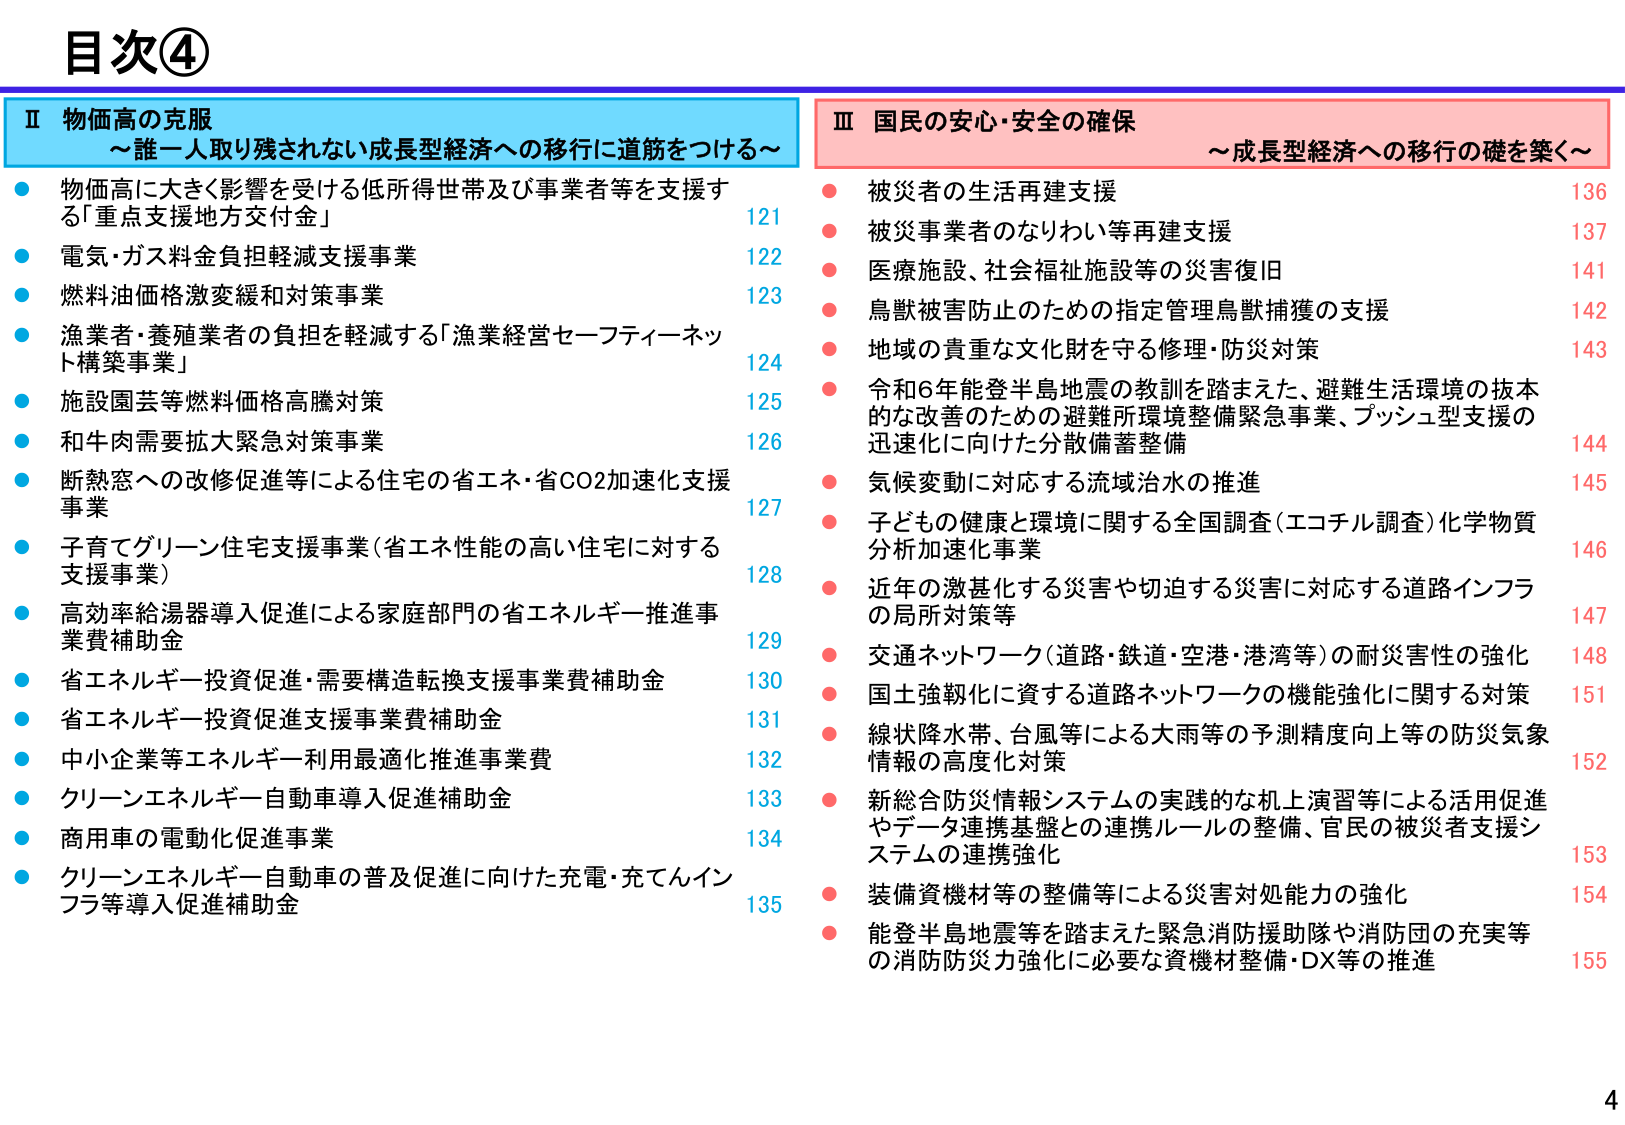
目次④

Ⅱ 物価高の克服
～誰一人取り残されない成長型経済への移行に道筋をつける～

● 物価高に大きく影響を受ける低所得世帯及び事業者等を支援する「重点支援地方交付金」 121
● 電気・ガス料金負担軽減支援事業 122
● 燃料油価格激変緩和対策事業 123
● 漁業者・養殖業者の負担を軽減する「漁業経営セーフティーネット構築事業」 124
● 施設園芸等燃料価格高騰対策 125
● 和牛肉需要拡大緊急対策事業 126
● 断熱窓への改修促進等による住宅の省エネ・省CO2加速化支援事業 127
● 子育てグリーン住宅支援事業（省エネ性能の高い住宅に対する支援事業） 128
● 高効率給湯器導入促進による家庭部門の省エネルギー推進事業費補助金 129
● 省エネルギー投資促進・需要構造転換支援事業費補助金 130
● 省エネルギー投資促進支援事業費補助金 131
● 中小企業等エネルギー利用最適化推進事業費 132
● クリーンエネルギー自動車導入促進補助金 133
● 商用車の電動化促進事業 134
● クリーンエネルギー自動車の普及促進に向けた充電・充てんインフラ等導入促進補助金 135

Ⅲ 国民の安心・安全の確保
～成長型経済への移行の礎を築く～

● 被災者の生活再建支援 136
● 被災事業者のなりわい等再建支援 137
● 医療施設、社会福祉施設等の災害復旧 141
● 鳥獣被害防止のための指定管理鳥獣捕獲の支援 142
● 地域の貴重な文化財を守る修理・防災対策 143
● 令和6年能登半島地震の教訓を踏まえた、避難生活環境の抜本的な改善のための避難所環境整備緊急事業、プッシュ型支援の迅速化に向けた分散備蓄整備 144
● 気候変動に対応する流域治水の推進 145
● 子どもの健康と環境に関する全国調査（エコチル調査）化学物質分析加速化事業 146
● 近年の激甚化する災害や切迫する災害に対応する道路インフラの局所対策等 147
● 交通ネットワーク（道路・鉄道・空港・港湾等）の耐災害性の強化 148
● 国土強靭化に資する道路ネットワークの機能強化に関する対策 151
● 線状降水帯、台風等による大雨等の予測精度向上等の防災気象情報の高度化対策 152
● 新総合防災情報システムの実践的な机上演習等による活用促進やデータ連携基盤との連携ルールの整備、官民の被災者支援システムの連携強化 153
● 装備資機材等の整備等による災害対処能力の強化 154
● 能登半島地震等を踏まえた緊急消防援助隊や消防団の充実等の消防防災力強化に必要な資機材整備・DX等の推進 155

4